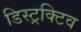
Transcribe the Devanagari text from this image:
डिस्ट्रक्टिव